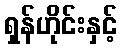
ရှန်ဟိုင်းနှင့်